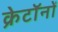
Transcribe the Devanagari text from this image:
क्रेटॉनों